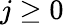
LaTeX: j\geq 0